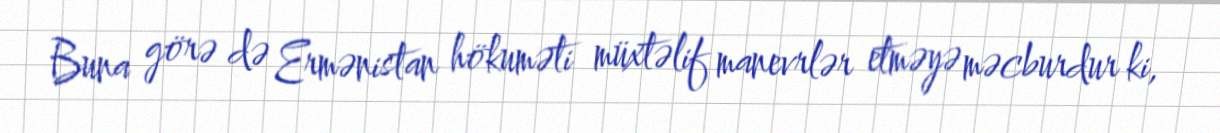
Buna görə də Ermənistan hökuməti müxtəlif manevrlər etməyə məcburdur ki,